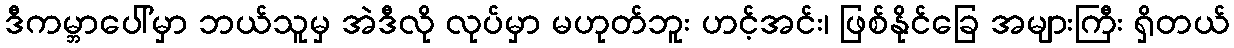
ဒီကမ္ဘာပေါ်မှာ ဘယ်သူမှ အဲဒီလို လုပ်မှာ မဟုတ်ဘူး ဟင့်အင်း၊ ဖြစ်နိုင်ခြေ အများကြီး ရှိတယ်